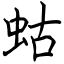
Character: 蛄